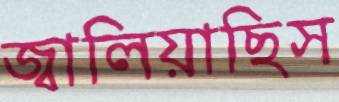
জ্বালিয়াছিস